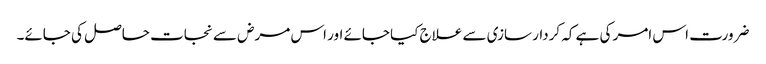
ضرورت اس امر کی ہے کہ کردار سازی سے علاج کیا جائے اور اس مرض سے نجات حاصل کی جائے۔